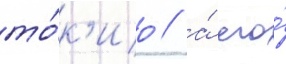
то́к'ио / а́ его́